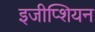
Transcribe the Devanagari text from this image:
इजीप्शियन